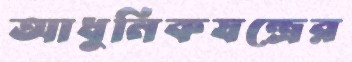
আধুনিকযন্ত্রের